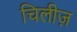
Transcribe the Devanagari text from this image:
चिलीज़